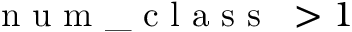
\mathrm { ~ \texttt ~ { ~ n ~ u ~ m ~ \_ ~ c ~ l ~ a ~ s ~ s ~ } ~ } > 1